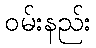
ဝမ်းနည်း